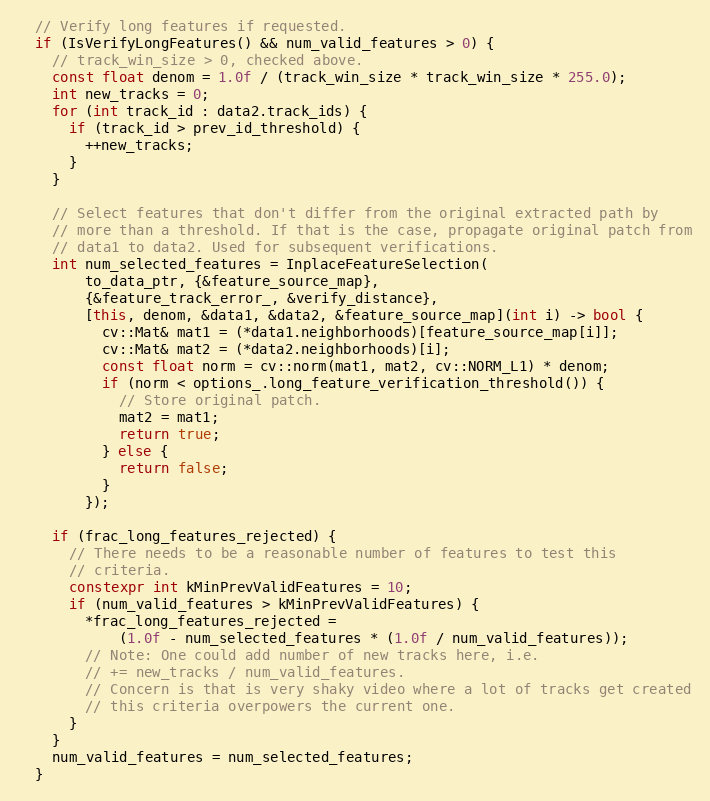
Language: C++
  // Verify long features if requested.
  if (IsVerifyLongFeatures() && num_valid_features > 0) {
    // track_win_size > 0, checked above.
    const float denom = 1.0f / (track_win_size * track_win_size * 255.0);
    int new_tracks = 0;
    for (int track_id : data2.track_ids) {
      if (track_id > prev_id_threshold) {
        ++new_tracks;
      }
    }

    // Select features that don't differ from the original extracted path by
    // more than a threshold. If that is the case, propagate original patch from
    // data1 to data2. Used for subsequent verifications.
    int num_selected_features = InplaceFeatureSelection(
        to_data_ptr, {&feature_source_map},
        {&feature_track_error_, &verify_distance},
        [this, denom, &data1, &data2, &feature_source_map](int i) -> bool {
          cv::Mat& mat1 = (*data1.neighborhoods)[feature_source_map[i]];
          cv::Mat& mat2 = (*data2.neighborhoods)[i];
          const float norm = cv::norm(mat1, mat2, cv::NORM_L1) * denom;
          if (norm < options_.long_feature_verification_threshold()) {
            // Store original patch.
            mat2 = mat1;
            return true;
          } else {
            return false;
          }
        });

    if (frac_long_features_rejected) {
      // There needs to be a reasonable number of features to test this
      // criteria.
      constexpr int kMinPrevValidFeatures = 10;
      if (num_valid_features > kMinPrevValidFeatures) {
        *frac_long_features_rejected =
            (1.0f - num_selected_features * (1.0f / num_valid_features));
        // Note: One could add number of new tracks here, i.e.
        // += new_tracks / num_valid_features.
        // Concern is that is very shaky video where a lot of tracks get created
        // this criteria overpowers the current one.
      }
    }
    num_valid_features = num_selected_features;
  }